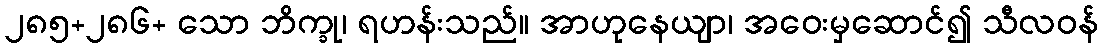
၂၈၅+၂၈၆+ သော ဘိက္ခု၊ ရဟန်းသည်။ အာဟုနေယျာ၊ အဝေးမှဆောင်၍ သီလဝန်